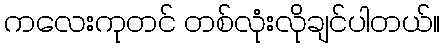
ကလေးကုတင် တစ်လုံးလိုချင်ပါတယ်။